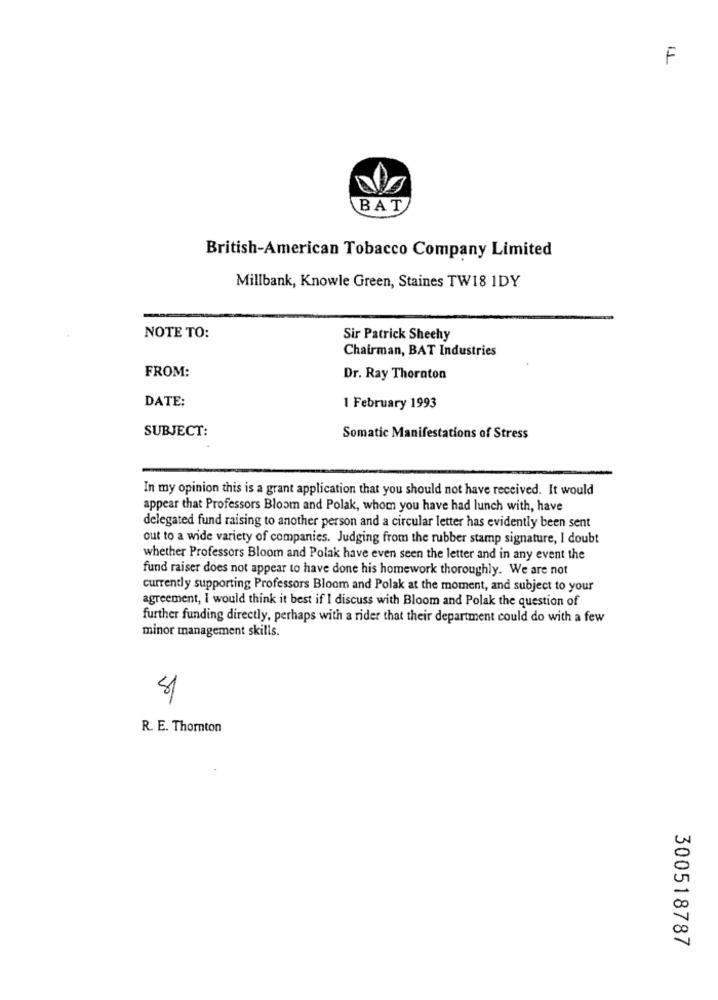
F
BAT
British-American Tobacco Company Limited
Millbank, Knowle Green, Staines TW18 IDY
NOTE TO:
Sir Patrick Sheehy
Chairman, BAT Industries
FROM:
Dr. Ray Thornton
DATE:
1 February 1993
SUBJECT:
Somatic Manifestations of Stress
In my opinion this is a grant application that you should not have received. It would
appear that Professors Bloom and Polak, whom you have had lunch with, have
delegated fund raising to another person and a circular letter has evidently been sent
out to a wide variety of companies. Judging from the rubber stamp signature, I doubt
whether Professors Bloom and Polak have even seen the letter and in any event the
fund raiser does not appear to have done his homework thoroughly. We are not
currently supporting Professors Bloom and Polak at the moment, and subject to your
agreement, I would think it best if I discuss with Bloom and Polak the question of
further funding directly, perhaps with a rider that their department could do with a few
minor management skills.
R. E. Thornton
300518787